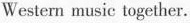
Western music together.